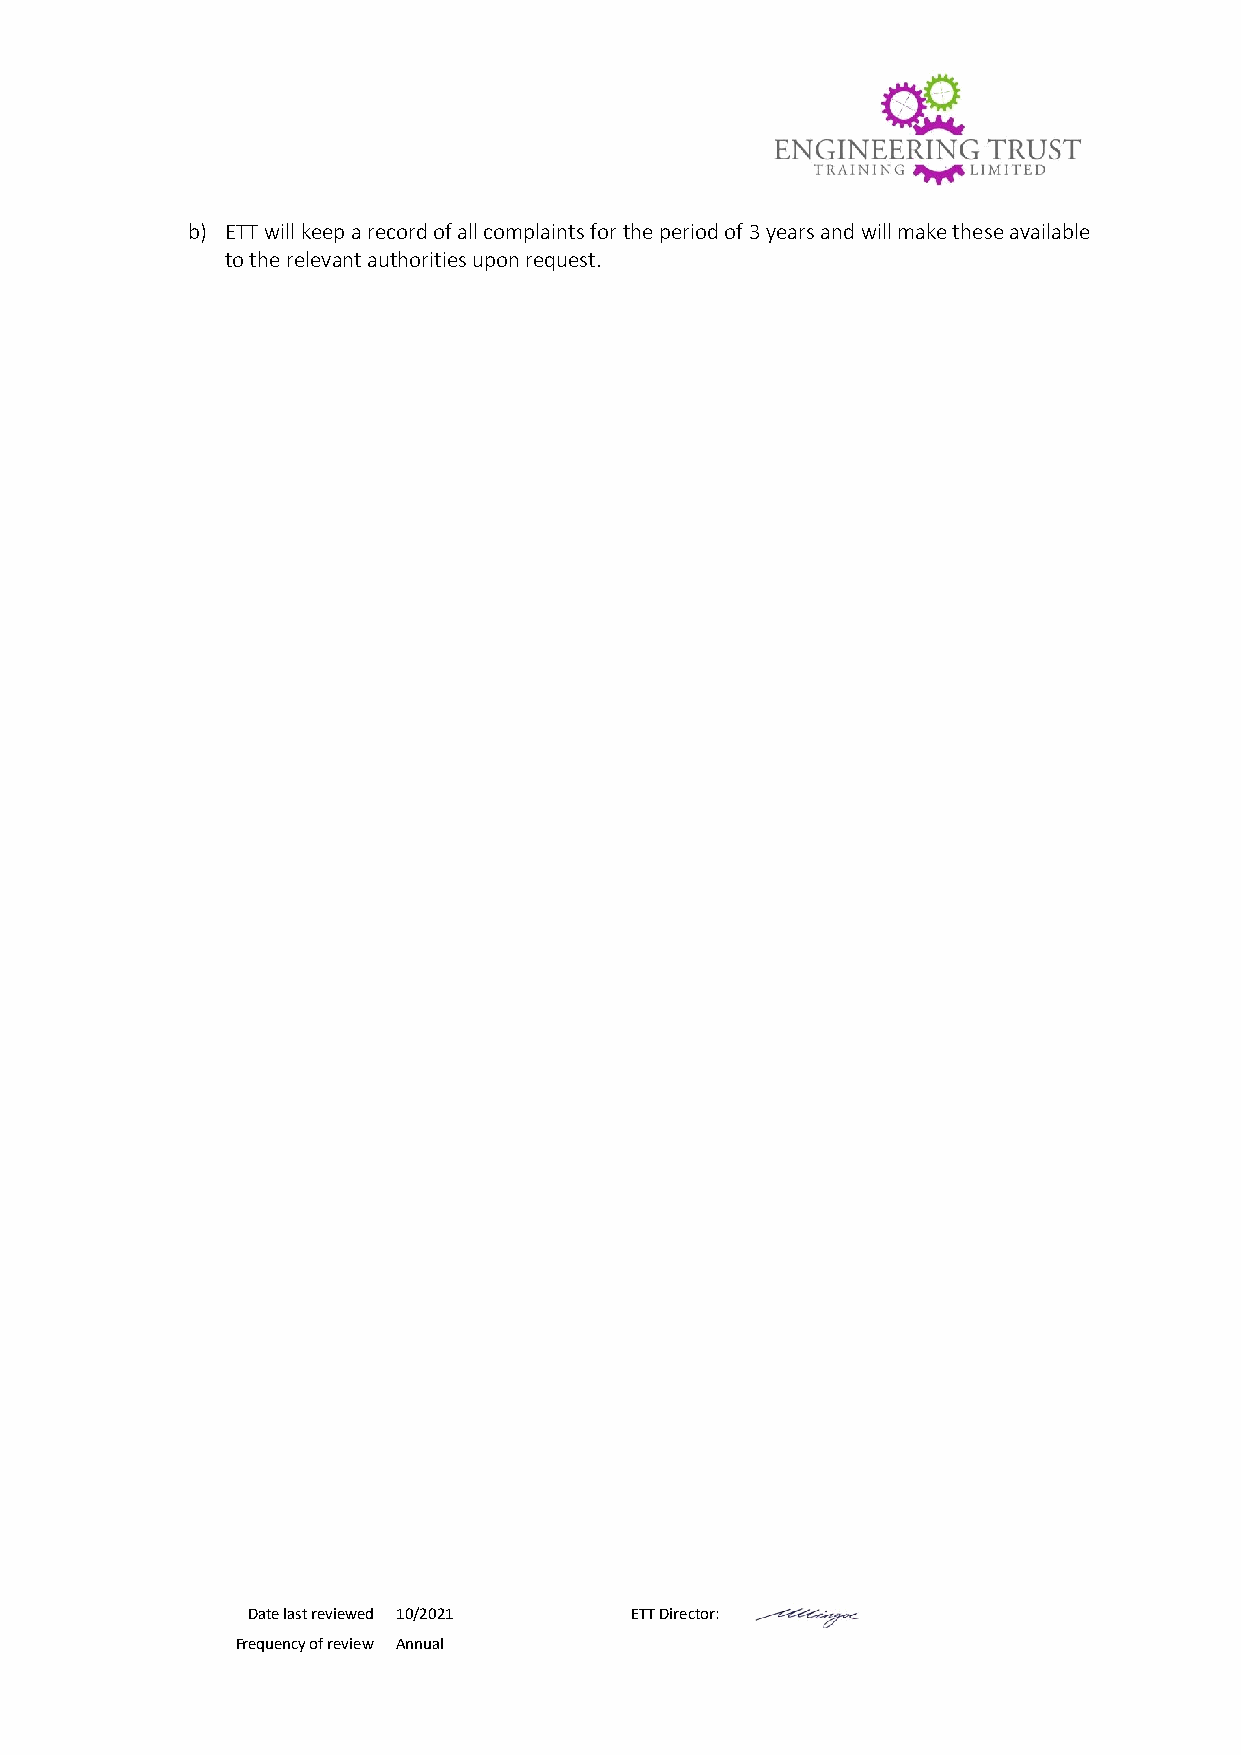
b) ETT will keep a record of all complaints for the period of 3 years and will make these available
 to the relevant authorities upon request.
 Date last reviewed 10/2021 ETT Director:
 Frequency of review Annual